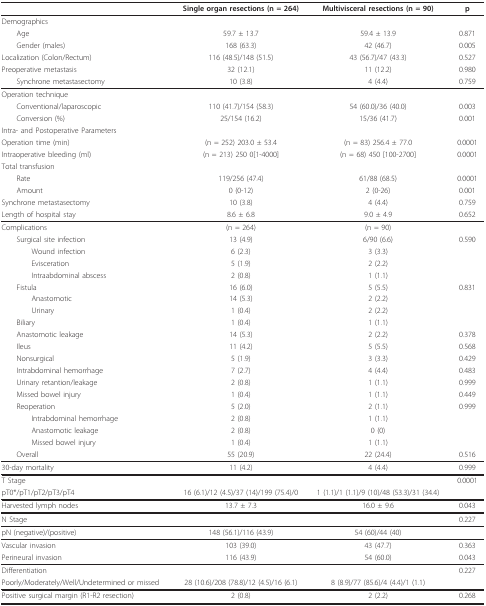
<table><thead><tr><td></td><td><b>Single organ resections (n = 264)</b></td><td><b>Multivisceral resections (n = 90)</b></td><td><b>p</b></td></tr></thead><tbody><tr><td>Demographics</td><td></td><td></td><td></td></tr><tr><td> Age</td><td>59.7 ± 13.7</td><td>59.4 ± 13.9</td><td>0.871</td></tr><tr><td> Gender (males)</td><td>168 (63.3)</td><td>42 (46.7)</td><td>0.005</td></tr><tr><td>Localization (Colon/Rectum)</td><td>116 (48.5)/148 (51.5)</td><td>43 (56.7)/47 (43.3)</td><td>0.527</td></tr><tr><td>Preoperative metastasis</td><td>32 (12.1)</td><td>11 (12.2)</td><td>0.980</td></tr><tr><td> Synchrone metastasectomy</td><td>10 (3.8)</td><td>4 (4.4)</td><td>0.759</td></tr><tr><td>Operation technique</td><td></td><td></td><td></td></tr><tr><td> Conventional/laparoscopic</td><td>110 (41.7)/154 (58.3)</td><td>54 (60.0)/36 (40.0)</td><td>0.003</td></tr><tr><td> Conversion (%)</td><td>25/154 (16.2)</td><td>15/36 (41.7)</td><td>0.001</td></tr><tr><td>Intra- and Postoperative Parameters</td><td></td><td></td><td></td></tr><tr><td>Operation time (min)</td><td>(n = 252) 203.0 ± 53.4</td><td>(n = 83) 256.4 ± 77.0</td><td>0.0001</td></tr><tr><td>Intraoperative bleeding (ml)</td><td>(n = 213) 250 0[1-4000]</td><td>(n = 68) 450 [100-2700]</td><td>0.0001</td></tr><tr><td>Total transfusion</td><td></td><td></td><td></td></tr><tr><td> Rate</td><td>119/256 (47.4)</td><td>61/88 (68.5)</td><td>0.0001</td></tr><tr><td> Amount</td><td>0 (0-12)</td><td>2 (0-26)</td><td>0.001</td></tr><tr><td>Synchrone metastasectomy</td><td>10 (3.8)</td><td>4 (4.4)</td><td>0.759</td></tr><tr><td>Length of hospital stay</td><td>8.6 ± 6.8</td><td>9.0 ± 4.9</td><td>0.652</td></tr><tr><td>Complications</td><td>(n = 264)</td><td>(n = 90)</td><td></td></tr><tr><td> Surgical site infection</td><td>13 (4.9)</td><td>6/90 (6.6)</td><td>0.590</td></tr><tr><td>Wound infection</td><td>6 (2.3)</td><td>3 (3.3)</td><td></td></tr><tr><td>Evisceration</td><td>5 (1.9)</td><td>2 (2.2)</td><td></td></tr><tr><td>Intraabdominal abscess</td><td>2 (0.8)</td><td>1 (1.1)</td><td></td></tr><tr><td> Fistula</td><td>16 (6.0)</td><td>5 (5.5)</td><td>0.831</td></tr><tr><td>Anastomotic</td><td>14 (5.3)</td><td>2 (2.2)</td><td></td></tr><tr><td>Urinary</td><td>1 (0.4)</td><td>2 (2.2)</td><td></td></tr><tr><td> Biliary</td><td>1 (0.4)</td><td>1 (1.1)</td><td></td></tr><tr><td> Anastomotic leakage</td><td>14 (5.3)</td><td>2 (2.2)</td><td>0.378</td></tr><tr><td> Ileus</td><td>11 (4.2)</td><td>5 (5.5)</td><td>0.568</td></tr><tr><td> Nonsurgical</td><td>5 (1.9)</td><td>3 (3.3)</td><td>0.429</td></tr><tr><td> Intrabdominal hemorrhage</td><td>7 (2.7)</td><td>4 (4.4)</td><td>0.483</td></tr><tr><td> Urinary retantion/leakage</td><td>2 (0.8)</td><td>1 (1.1)</td><td>0.999</td></tr><tr><td> Missed bowel injury</td><td>1 (0.4)</td><td>1 (1.1)</td><td>0.449</td></tr><tr><td> Reoperation</td><td>5 (2.0)</td><td>2 (1.1)</td><td>0.999</td></tr><tr><td>Intrabdominal hemorrhage</td><td>2 (0.8)</td><td>1 (1.1)</td><td></td></tr><tr><td>Anastomotic leakage</td><td>2 (0.8)</td><td>0 (0)</td><td></td></tr><tr><td>Missed bowel injury</td><td>1 (0.4)</td><td>1 (1.1)</td><td></td></tr><tr><td> Overall</td><td>55 (20.9)</td><td>22 (24.4)</td><td>0.516</td></tr><tr><td>30-day mortality</td><td>11 (4.2)</td><td>4 (4.4)</td><td>0.999</td></tr><tr><td>T Stage</td><td></td><td></td><td>0.0001</td></tr><tr><td>pT0*/pT1/pT2/pT3/pT4</td><td>16 (6.1)/12 (4.5)/37 (14)/199 (75.4)/0</td><td>1 (1.1)/1 (1.1)/9 (10)/48 (53.3)/31 (34.4)</td><td></td></tr><tr><td>Harvested lymph nodes</td><td>13.7 ± 7.3</td><td>16.0 ± 9.6</td><td>0.043</td></tr><tr><td>N Stage</td><td></td><td></td><td>0.227</td></tr><tr><td>pN (negative)/(positive)</td><td>148 (56.1)/116 (43.9)</td><td>54 (60)/44 (40)</td><td></td></tr><tr><td>Vascular invasion</td><td>103 (39.0)</td><td>43 (47.7)</td><td>0.363</td></tr><tr><td>Perineural invasion</td><td>116 (43.9)</td><td>54 (60.0)</td><td>0.043</td></tr><tr><td>Differentiation</td><td></td><td></td><td>0.227</td></tr><tr><td>Poorly/Moderately/Well/Undetermined or missed</td><td>28 (10.6)/208 (78.8)/12 (4.5)/16 (6.1)</td><td>8 (8.9)/77 (85.6)/4 (4.4)/1 (1.1)</td><td></td></tr><tr><td>Positive surgical margin (R1-R2 resection)</td><td>2 (0.8)</td><td>2 (2.2)</td><td>0.268</td></tr></tbody></table>